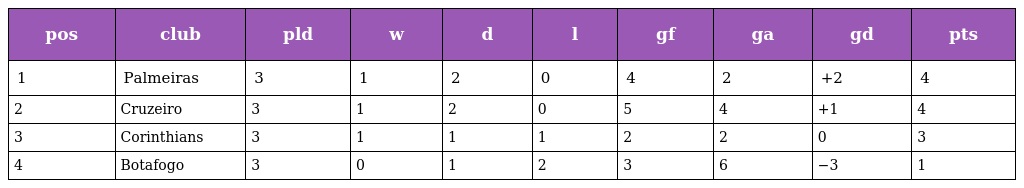
| pos | club | pld | w | d | l | gf | ga | gd | pts |
 | --- | --- | --- | --- | --- | --- | --- | --- | --- | --- |
 | 1 | Palmeiras | 3 | 1 | 2 | 0 | 4 | 2 | +2 | 4 |
 | 2 | Cruzeiro | 3 | 1 | 2 | 0 | 5 | 4 | +1 | 4 |
 | 3 | Corinthians | 3 | 1 | 1 | 1 | 2 | 2 | 0 | 3 |
 | 4 | Botafogo | 3 | 0 | 1 | 2 | 3 | 6 | −3 | 1 |